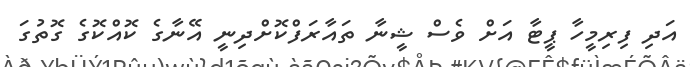
އަދި ފިރިމީހާ ޕީޓާ އަށް ވެސް ޝީނާ ތައާރަފްކޮށްދިނީ އޭނާގެ ކޮއްކޮގެ ގޮތުގަ